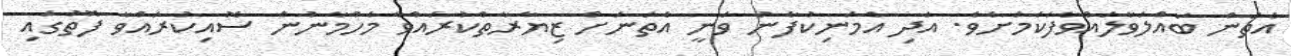
އެތަން ބައްލަވާލައްވާފަކަމަށެވެ. އަދި އެމަނިކުފާނު ވަނީ އެތަނަށް ޒިޔާރާތްކުރައްވާ މެހްމާނުން ސޮއިކުރައްވާ ފޮތުގައި